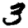
Digit: 3